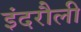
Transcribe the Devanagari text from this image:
इंदरौली